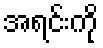
အရင်းကို